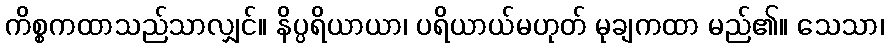
ကိစ္စကထာသည်သာလျှင်။ နိပ္ပရိယာယာ၊ ပရိယာယ်မဟုတ် မုချကထာ မည်၏။ သေသာ၊